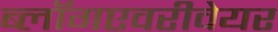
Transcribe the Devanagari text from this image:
ब्लॉगएवरीवेयर